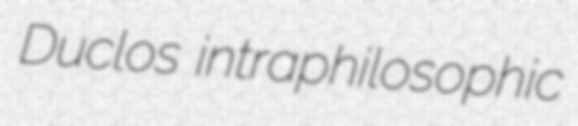
Duclos intraphilosophic